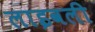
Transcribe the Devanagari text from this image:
लाइवली